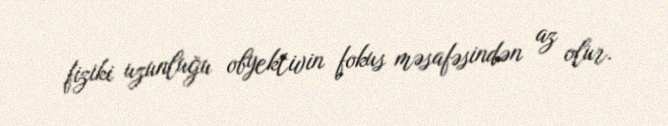
fiziki uzunluğu obyektivin fokus məsafəsindən az olur.